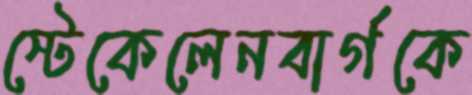
স্টেকেলেনবার্গকে